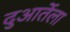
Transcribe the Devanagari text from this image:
दुआर्तेला